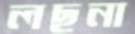
লছনা